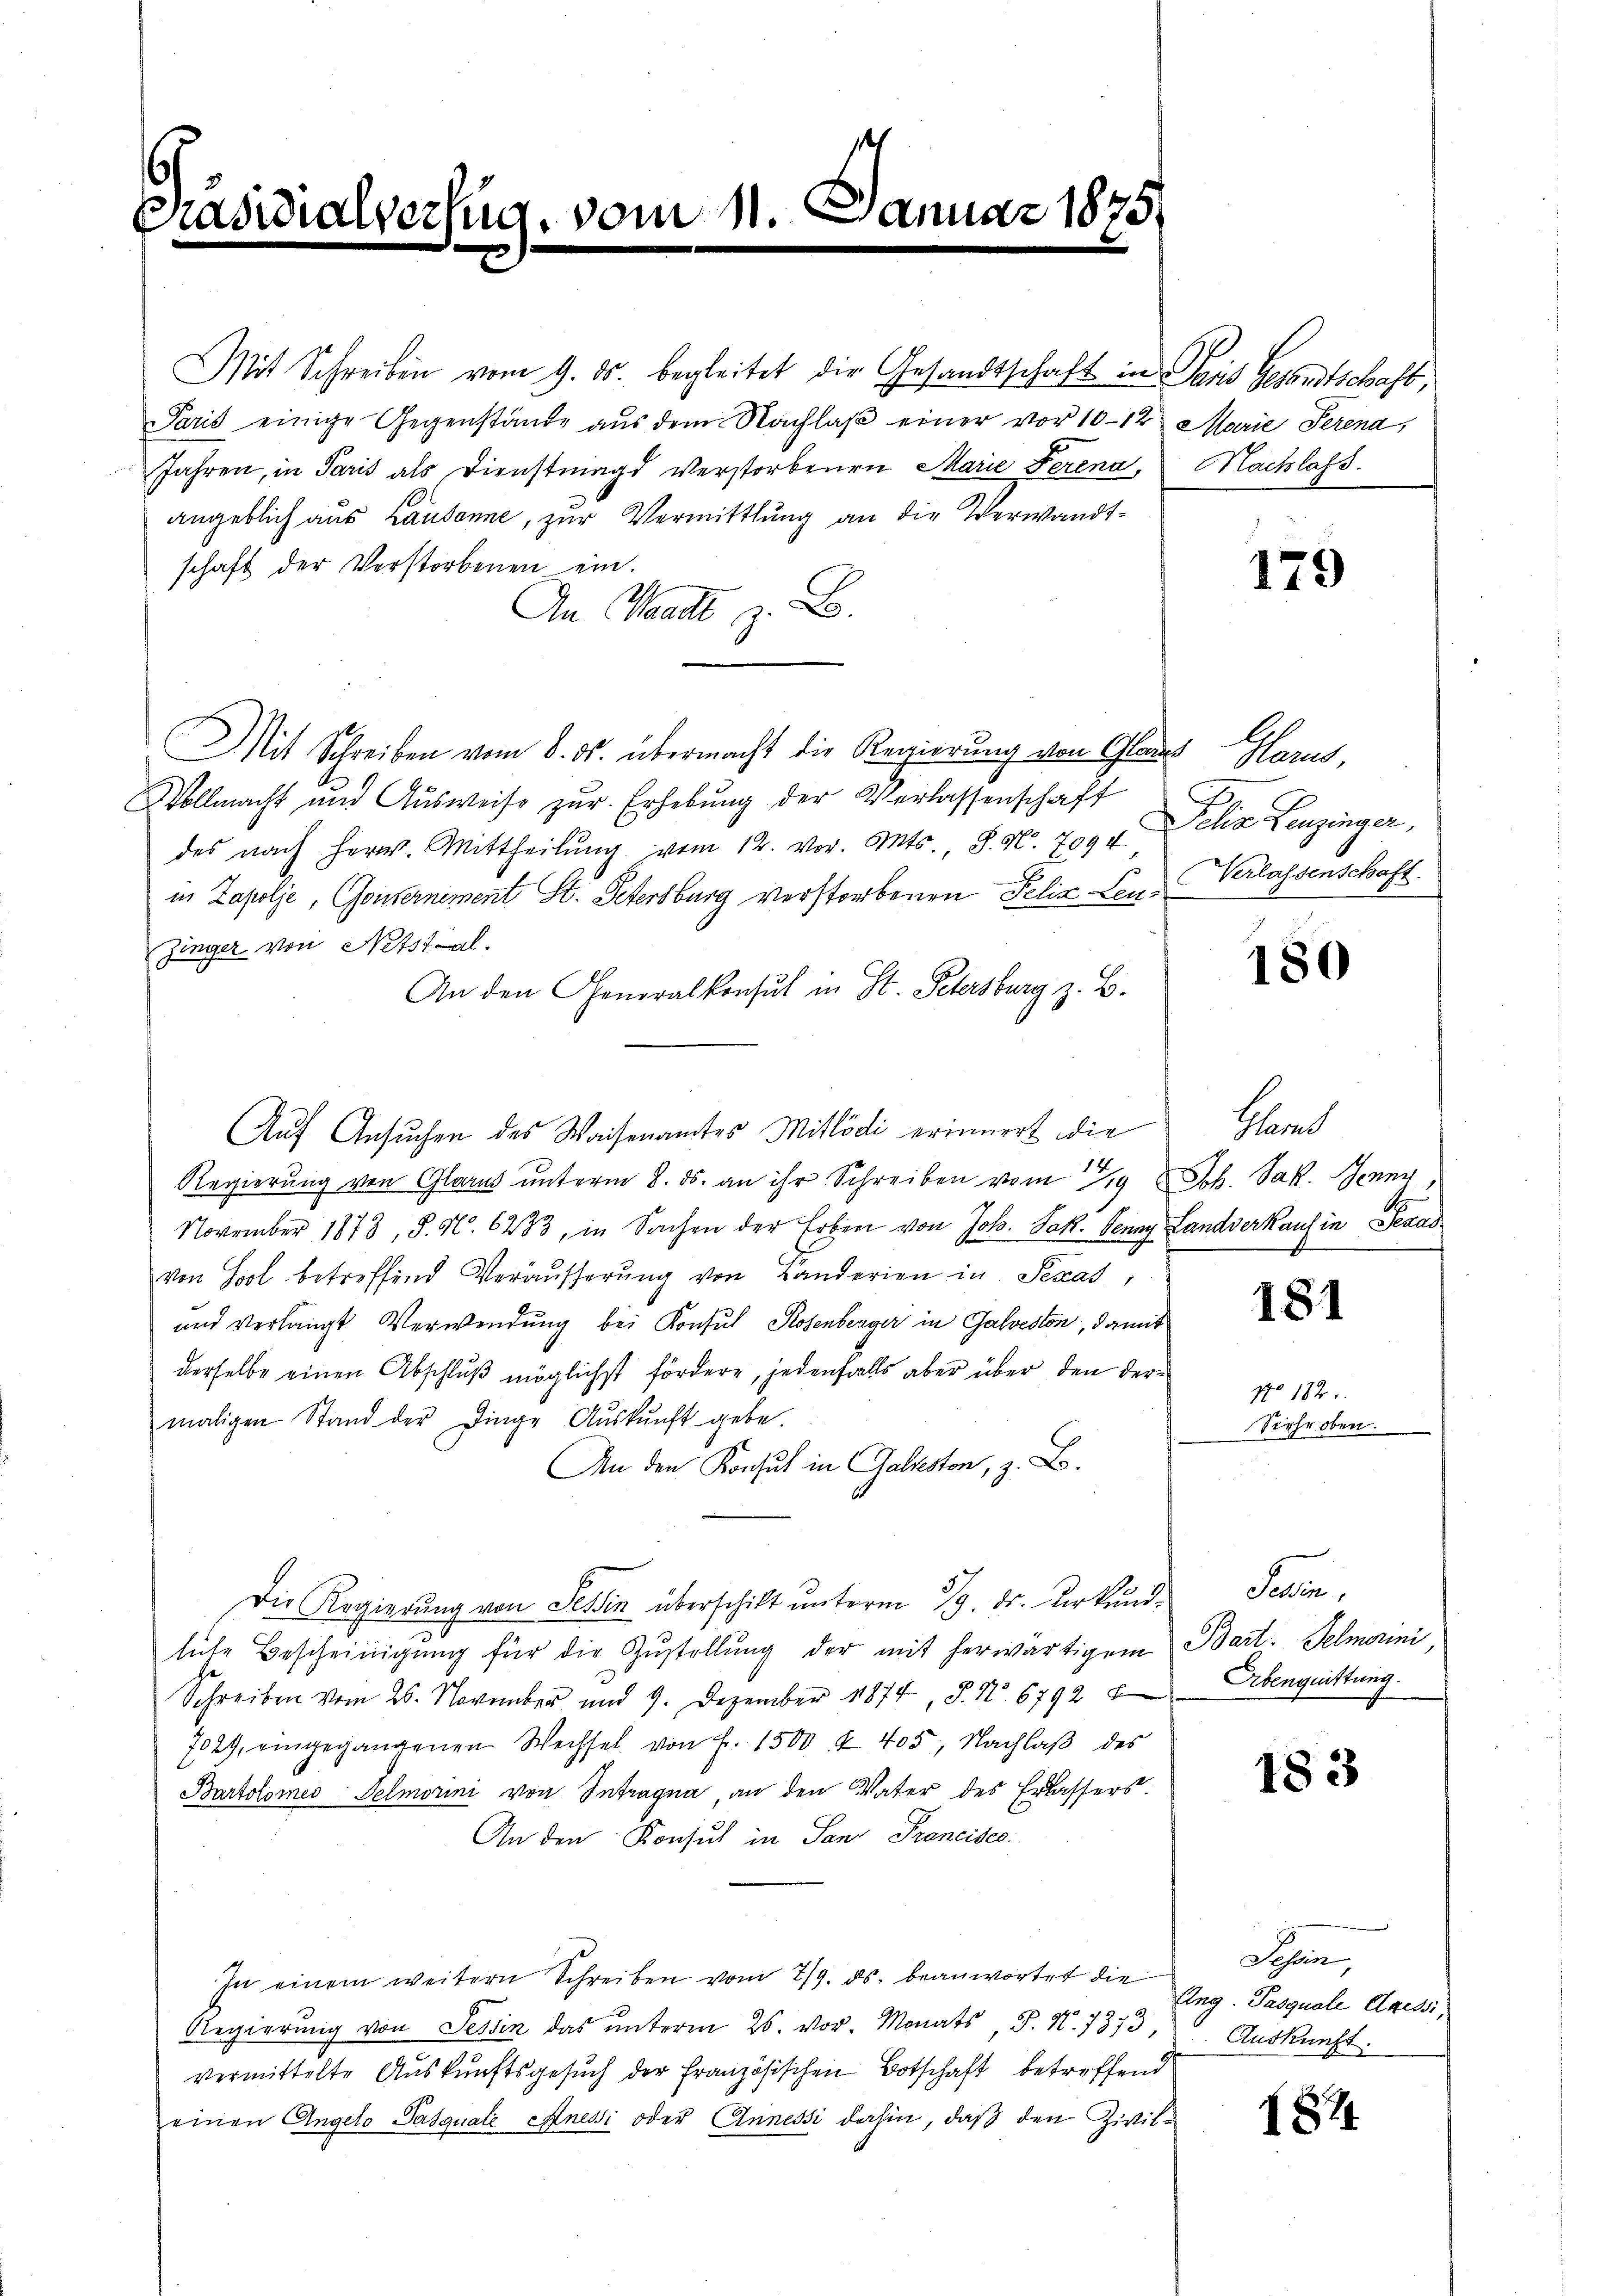
3

adidi

Mit Schreiben vom 9. ds. begleitet die Gesandtschaft in Paris Gesandtschaft,
Paris einige Gegenstände aŭs dem Nachlaβ einer vor 10-12 Marie Perena,
Jahren, in Paris als Dienstmagd verstorbenen Marie Ferena,
angeblich aus Lausanne, zur Vermittlung an die Verwandtschaft der Verstorbenen ein.
An Waadt z. B.
Mit Schreiben vom 8. ds. übermacht die Regierung von Glauch Harus,
Vollmacht und Ausweise zur Erhebung der Verlassenschaft
des nach Herr. Mittheilŭng vom 12. vor. Mts. S. Nr. 709 u Delia Leuzinger,
in Zapolje, Gouvernement St. Petersburg verstorbenen Felix Leuzinger von Notstal.
An den Generalkonsul in St. Petersburg z. B.
Auf Ansuchen des Waisenamtes Mitlödi erinnert die
Regierŭng von Glarus unterm 8. ds. an ihr Schreiben vom 19 Joh. Jak. Jenny
November 1873, S. N. 6283, in Sachen der Erben von Joh. Jak. Jenny Landverkauf in Seras
von Sool betreffend Veräusserŭng von Landerien in Texas,
und verlangt Verwendung bei Konsul Kosenberger in Galveston, damit
derselbe einen Abschluß möglichst fördere, jedenfalls aber über den dermaligen Stand der Dinge Aŭskŭnft gebe.
An den Konsul in Galleston, z. B.
Die Regierung von Tessin überschickt unterm 29. Dr. Urkundlute Bescheinigung für die Zustellung der mit herwärtigem Bart. Selmarini,
Schreiben vom 25. November und 9. Dezember 1874, S. Nr. 6792 Erbenquittung.
7029, eingegangenen Wechsel von Fr. 1500 f. 405, Nachlaβ des
Bartolomes Telmorini von Intragna, an den Vater des Erlassers.
An den Konsul in San Francises:
In einem weitern Schreiben vom 7/9. ds. beanwortet die Ing. Pasquale Axeni,
5
Regierŭng von Tessin das ŭnterm 26. vor. Monats, S. N. 7373. Auskunft.
vermittelte Auskunftsgesuch der Französischen Botschaft betreffend
einen Angelo Pasquale Anessi oder Annessi dahin, daß den Zivil¬

verfüg, vom 11. Januar 1875

Nachlass.

179

Verlassenschaft.

180

Hand

181

No. 182.
Siehe oben.

Sallen,

183

Sohlen,

1824.